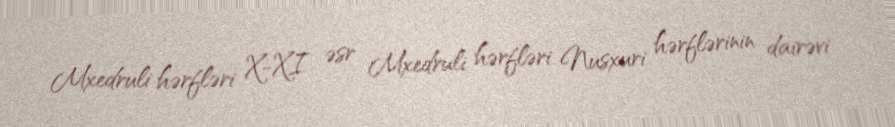
Mxedruli hərfləri X-XI əsr Mxedruli hərfləri Nusxuri hərflərinin dairəvi